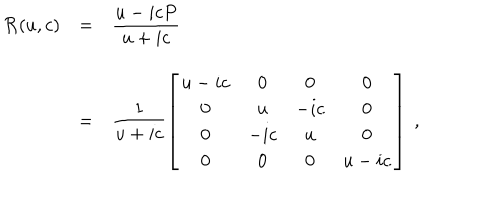
\begin{array} { r c l } { { { \cal R } ( u , c ) } } & { { = } } & { { \displaystyle \frac { u - i c P } { u + i c } } } \\ { { } } & { { = } } & { { \displaystyle \frac { 1 } { u + i c } \left[ \begin{array} { c c c c } { { u - i c } } & { { 0 } } & { { 0 } } & { { 0 } } \\ { { 0 } } & { { u } } & { { - i c } } & { { 0 } } \\ { { 0 } } & { { - i c } } & { { u } } & { { 0 } } \\ { { 0 } } & { { 0 } } & { { 0 } } & { { u - i c } } \\ \end{array} \right] ~ , } } \\ \end{array}